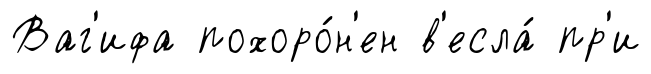
Ваг'ифа похоро́н'ен в'есла́ пр'и